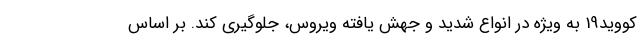
کووید19 به ویژه در انواع شدید و جهش یافته ویروس، جلوگیری کند. بر اساس